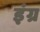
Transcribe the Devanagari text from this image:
इंग्र